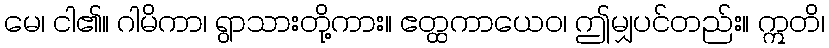
မေ၊ ငါ၏။ ဂါမိကာ၊ ရွာသားတို့ကား။ ဧတ္ထကာယေဝ၊ ဤမျှပင်တည်း။ ဣတိ၊